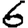
Digit: 6